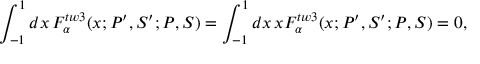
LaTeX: \int _ { - 1 } ^ { 1 } d x \, { \cal F } _ { \alpha } ^ { t w 3 } ( x ; P ^ { \prime } , S ^ { \prime } ; P , S ) = \int _ { - 1 } ^ { 1 } d x \, x { \cal F } _ { \alpha } ^ { t w 3 } ( x ; P ^ { \prime } , S ^ { \prime } ; P , S ) = 0 ,